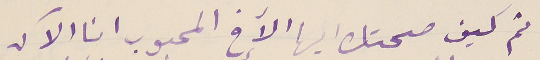
ثم كيف صحتك ايها الآخ المحبوب انا الآن